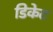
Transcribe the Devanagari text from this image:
डिकेट